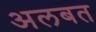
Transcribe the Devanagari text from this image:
अलबत